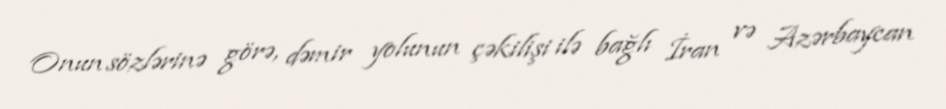
Onun sözlərinə görə, dəmir yolunun çəkilişi ilə bağlı İran və Azərbaycan